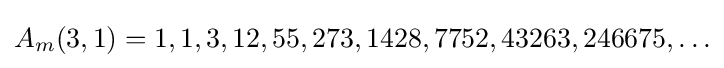
A_{m}(3,1)=1,1,3,12,55,273,1428,7752,43263,246675,\ldots